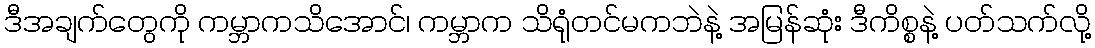
ဒီအချက်တွေကို ကမ္ဘာကသိအောင်၊ ကမ္ဘာက သိရုံတင်မကဘဲနဲ့ အမြန်ဆုံး ဒီကိစ္စနဲ့ ပတ်သက်လို့